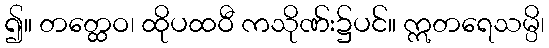
၍။ တတ္ထေဝ၊ ထိုပထဝီ ကသိုဏ်း၌ပင်။ ဣတရေသမ္ပိ၊